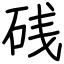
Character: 𥒎